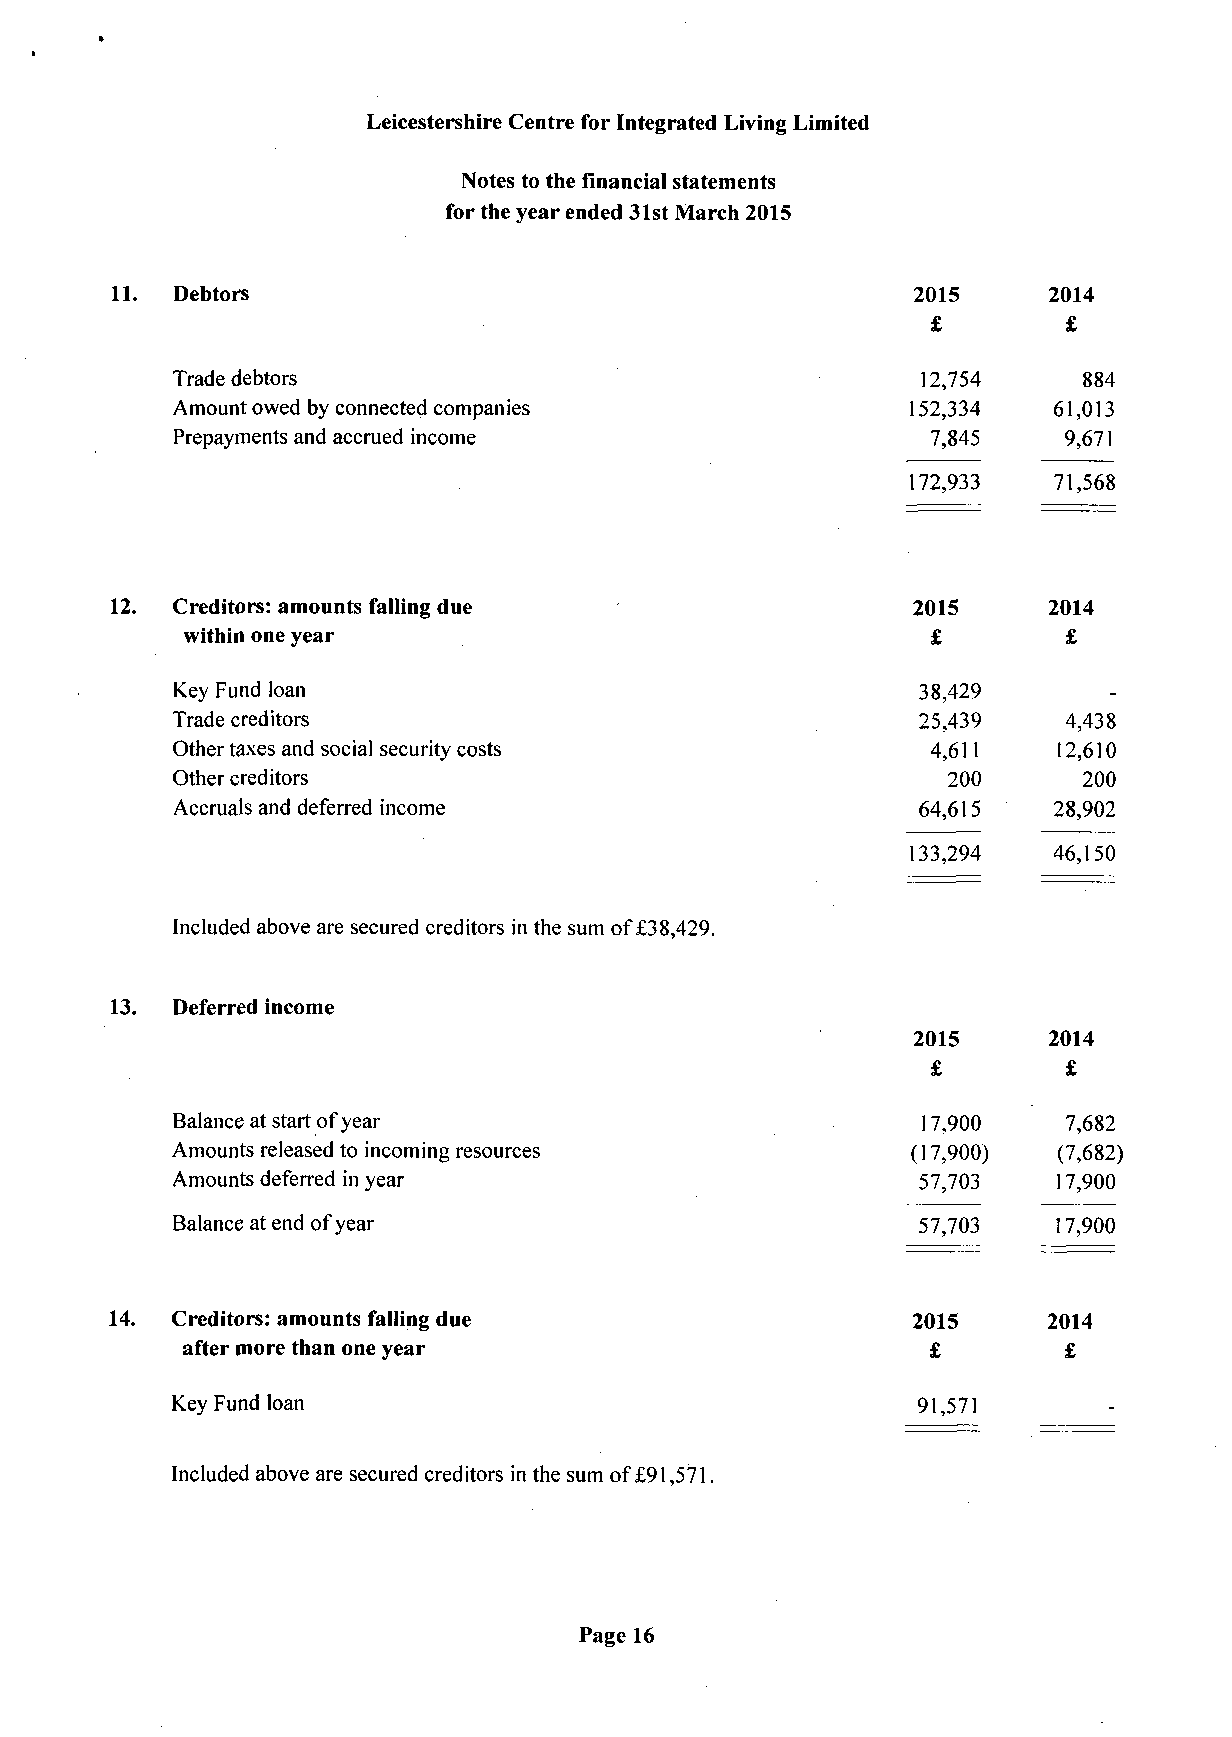
Leicestershire Centre for Integrated Living Limited
 Notes to the financial statements
 for the year ended 31st March 2015
 11.  Debtors                                          2015     2014
 £       £
 Trade debtors                                     12,754     884
 Amount owed by connected companies                152,334  61,013
 Prepayments and accrued income                     7,845    9,671
 172,933   71,568
 12.  Creditors: amounts falling due                   2015     2014
 within one year                                   £        £
 Key Fund loan                                     38,429
 Trade creditors                                   25,439    4,438
 Other taxes and social security costs              4,611   12,610
 Other creditors                                     200      200
 Accruals and deferred income                      64,615   28,902
 133,294   46,150
 Included above are secured creditors in the sum of £38,429.
 13.  Deferred income
 2015      2014
 £       £
 Balance at start of year                          17,900    7,682
 Amounts released to incoming resources            (17,900) (7,682)
 Amounts deferred in year                          57,703   17,900
 Balance at end of year                            57,703   17,900
 14. Creditors: amounts falling due                    2015     2014
 after more than one year                          £        £
 Key Fund loan                                     91,571
 Included above are secured creditors in the sum of £91,571.
 Page 16